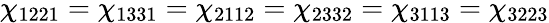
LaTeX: \chi_{1221}=\chi_{1331}=\chi_{2112}=\chi_{2332}=\chi_{3113}=\chi_{3223}